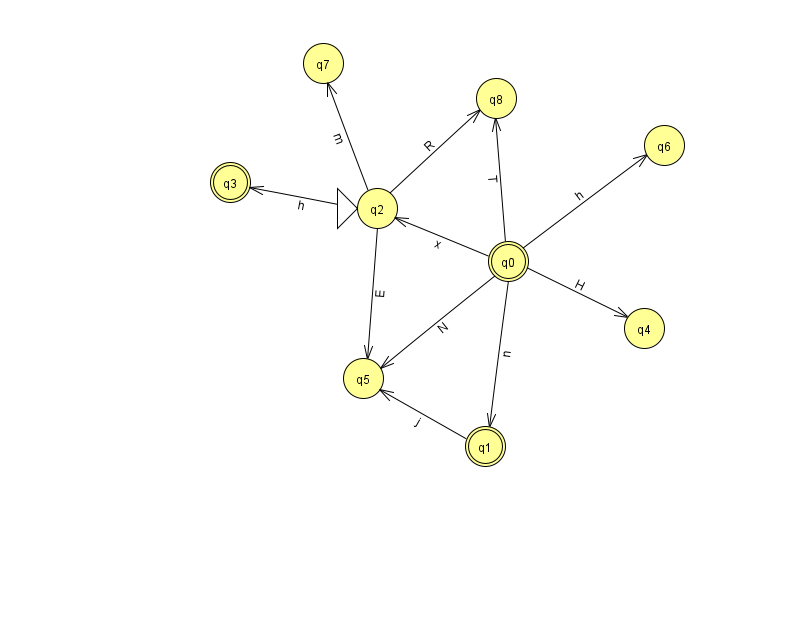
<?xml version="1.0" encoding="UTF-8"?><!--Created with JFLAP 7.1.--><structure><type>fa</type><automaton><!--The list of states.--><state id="0" name="q0"><x>508.0</x><y>248.0</y><final/></state><state id="1" name="q1"><x>485.0</x><y>433.0</y><final/></state><state id="2" name="q2"><x>377.0</x><y>195.0</y><initial/></state><state id="3" name="q3"><x>230.0</x><y>169.0</y><final/></state><state id="4" name="q4"><x>644.0</x><y>315.0</y></state><state id="5" name="q5"><x>363.0</x><y>365.0</y></state><state id="6" name="q6"><x>664.0</x><y>132.0</y></state><state id="7" name="q7"><x>323.0</x><y>50.0</y></state><state id="8" name="q8"><x>496.0</x><y>85.0</y></state><!--The list of transitions.--><transition><from>2</from><to>5</to><read>E</read></transition><transition><from>2</from><to>7</to><read>m</read></transition><transition><from>0</from><to>1</to><read>n</read></transition><transition><from>0</from><to>4</to><read>H</read></transition><transition><from>0</from><to>6</to><read>h</read></transition><transition><from>1</from><to>5</to><read>j</read></transition><transition><from>2</from><to>3</to><read>h</read></transition><transition><from>0</from><to>5</to><read>N</read></transition><transition><from>2</from><to>8</to><read>R</read></transition><transition><from>0</from><to>2</to><read>x</read></transition><transition><from>0</from><to>8</to><read>T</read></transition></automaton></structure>